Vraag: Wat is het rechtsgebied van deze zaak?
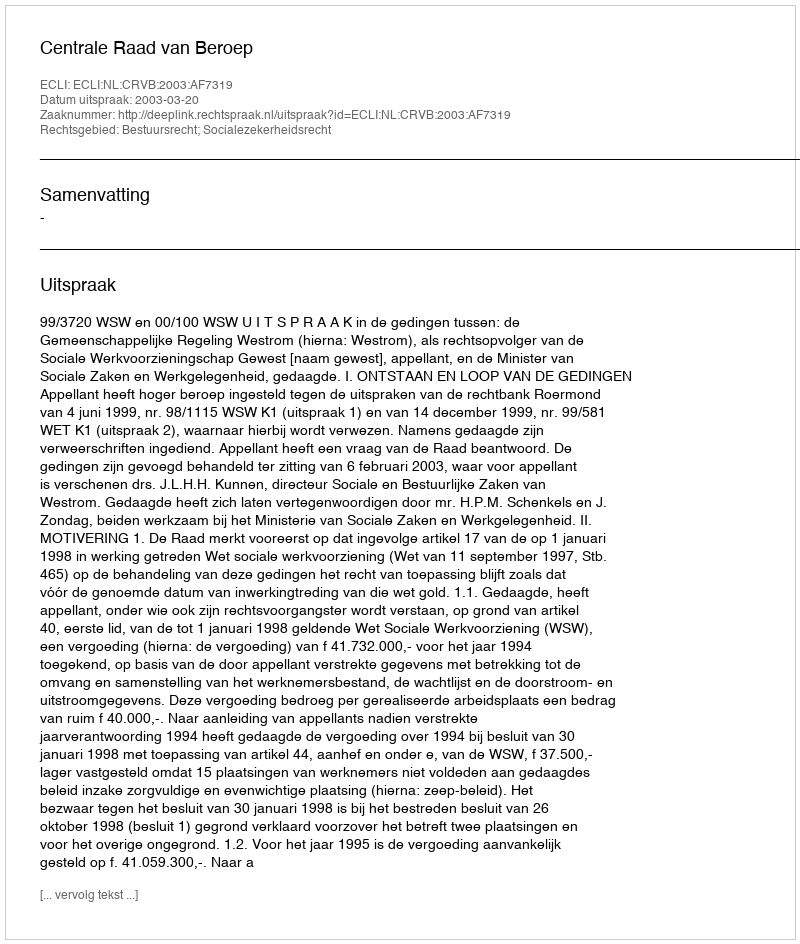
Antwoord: Bestuursrecht; Socialezekerheidsrecht